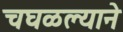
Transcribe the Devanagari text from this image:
चघळल्याने